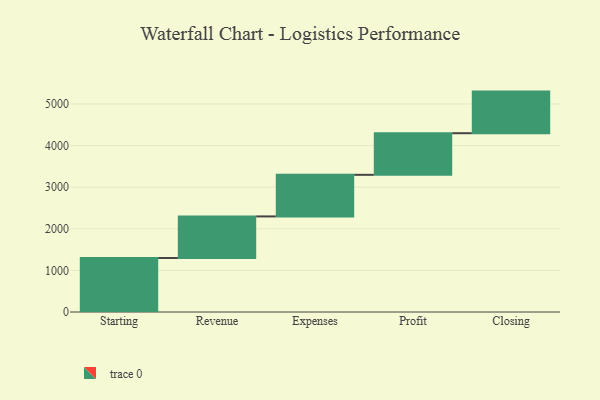
{"axis": {"x": "Step", "y": "Value"}, "legend": [""], "data": [{"x": "Starting", "y": 1297.0, "type": ""}, {"x": "Revenue", "y": 1000, "type": ""}, {"x": "Expenses", "y": 1000, "type": ""}, {"x": "Profit", "y": 1000, "type": ""}, {"x": "Closing", "y": 1000, "type": ""}]}